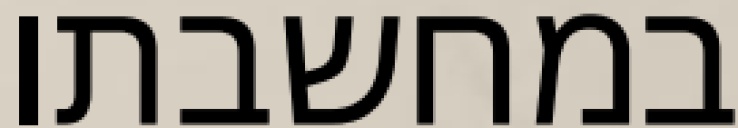
במחשבתו